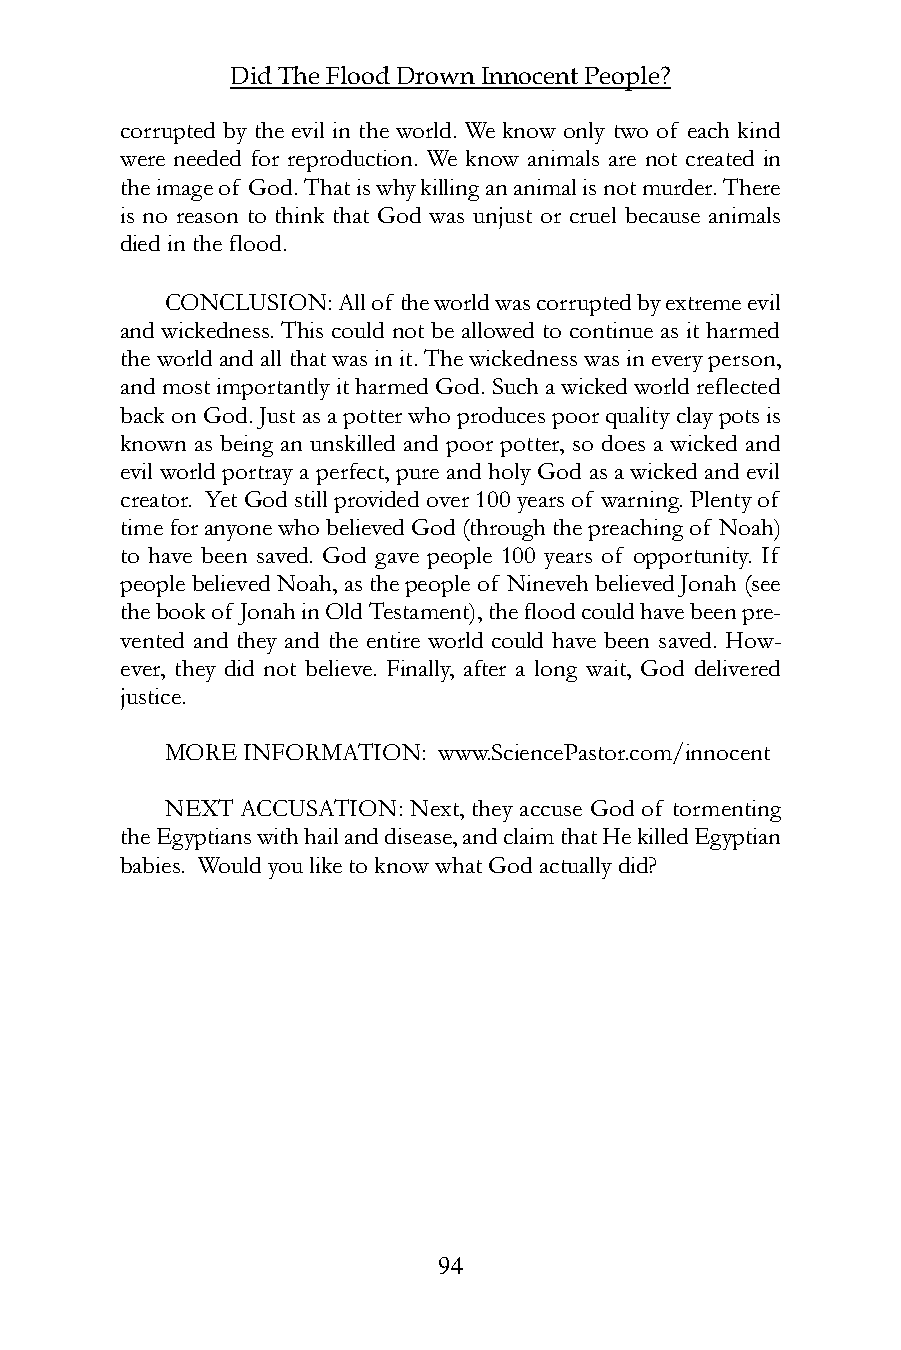
Did The Flood Drown Innocent People?
 corrupted by the evil in the world. We know only two of each kind
 were needed for reproduction. We know animals are not created in
 the image of God. That is why killing an animal is not murder. There
 is no reason to think that God was unjust or cruel because animals
 died in the flood.
 CONCLUSION: All of the world was corrupted by extreme evil
 and wickedness. This could not be allowed to continue as it harmed
 the world and all that was in it. The wickedness was in every person,
 and most importantly it harmed God. Such a wicked world reflected
 back on God. Just as a potter who produces poor quality clay pots is
 known as being an unskilled and poor potter, so does a wicked and
 evil world portray a perfect, pure and holy God as a wicked and evil
 creator. Yet God still provided over 100 years of warning. Plenty of
 time for anyone who believed God (through the preaching of Noah)
 to have been saved. God gave people 100 years of opportunity. If
 people believed Noah, as the people of Nineveh believed Jonah (see
 the book of Jonah in Old Testament), the flood could have been pre-
 vented and they and the entire world could have been saved. How-
 ever, they did not believe. Finally, after a long wait, God delivered
 justice.
 MORE INFORMATION: www.SciencePastor.com/innocent
 NEXT ACCUSATION: Next, they accuse God of tormenting
 the Egyptians with hail and disease, and claim that He killed Egyptian
 babies. Would you like to know what God actually did?
 94